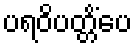
ပရဝိပတ္တိံပေ